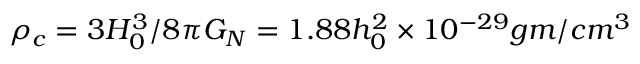
\rho _ { c } = 3 H _ { 0 } ^ { 3 } / 8 \pi G _ { N } = 1 . 8 8 h _ { 0 } ^ { 2 } \times 1 0 ^ { - 2 9 } g m / c m ^ { 3 }